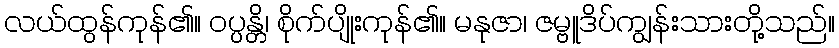
လယ်ထွန်ကုန်၏။ ဝပ္ပန္တိ၊ စိုက်ပျိုးကုန်၏။ မနုဇာ၊ ဇမ္ဗူဒိပ်ကျွန်းသားတို့သည်။